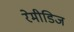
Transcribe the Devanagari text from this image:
रेमीडिज